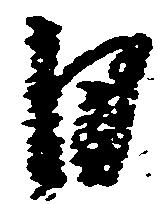
日